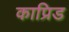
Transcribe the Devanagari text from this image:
काप्रिड